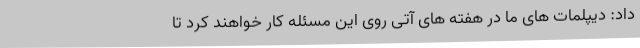
داد: دیپلمات های ما در هفته های آتی روی این مسئله کار خواهند کرد تا